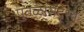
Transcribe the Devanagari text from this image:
पुतळासदृश्य